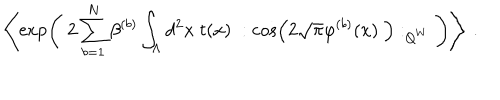
\left\langle \exp \left( \; 2 \sum _ { b = 1 } ^ { N } \beta ^ { ( b ) } \int _ { \Lambda } d ^ { 2 } x \; t ( x ) \; : \cos \left( 2 \sqrt { \pi } \varphi ^ { ( b ) } ( x ) \; \right) : _ { Q ^ { W } } \; \right) \right\rangle \; .